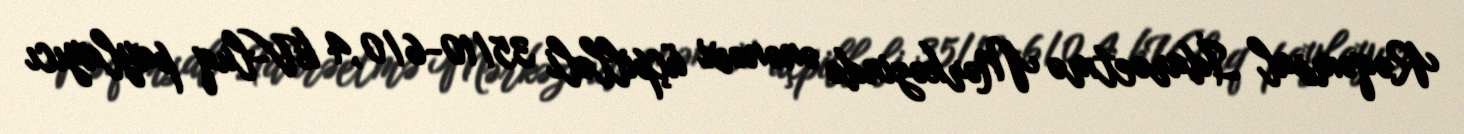
Rəqəmsal İdarəetmə Mərkəzində ənənəvi üçpilləli 35/10-6/0,4 kV-luq paylayıcı